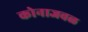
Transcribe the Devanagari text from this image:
कोनाजवळ